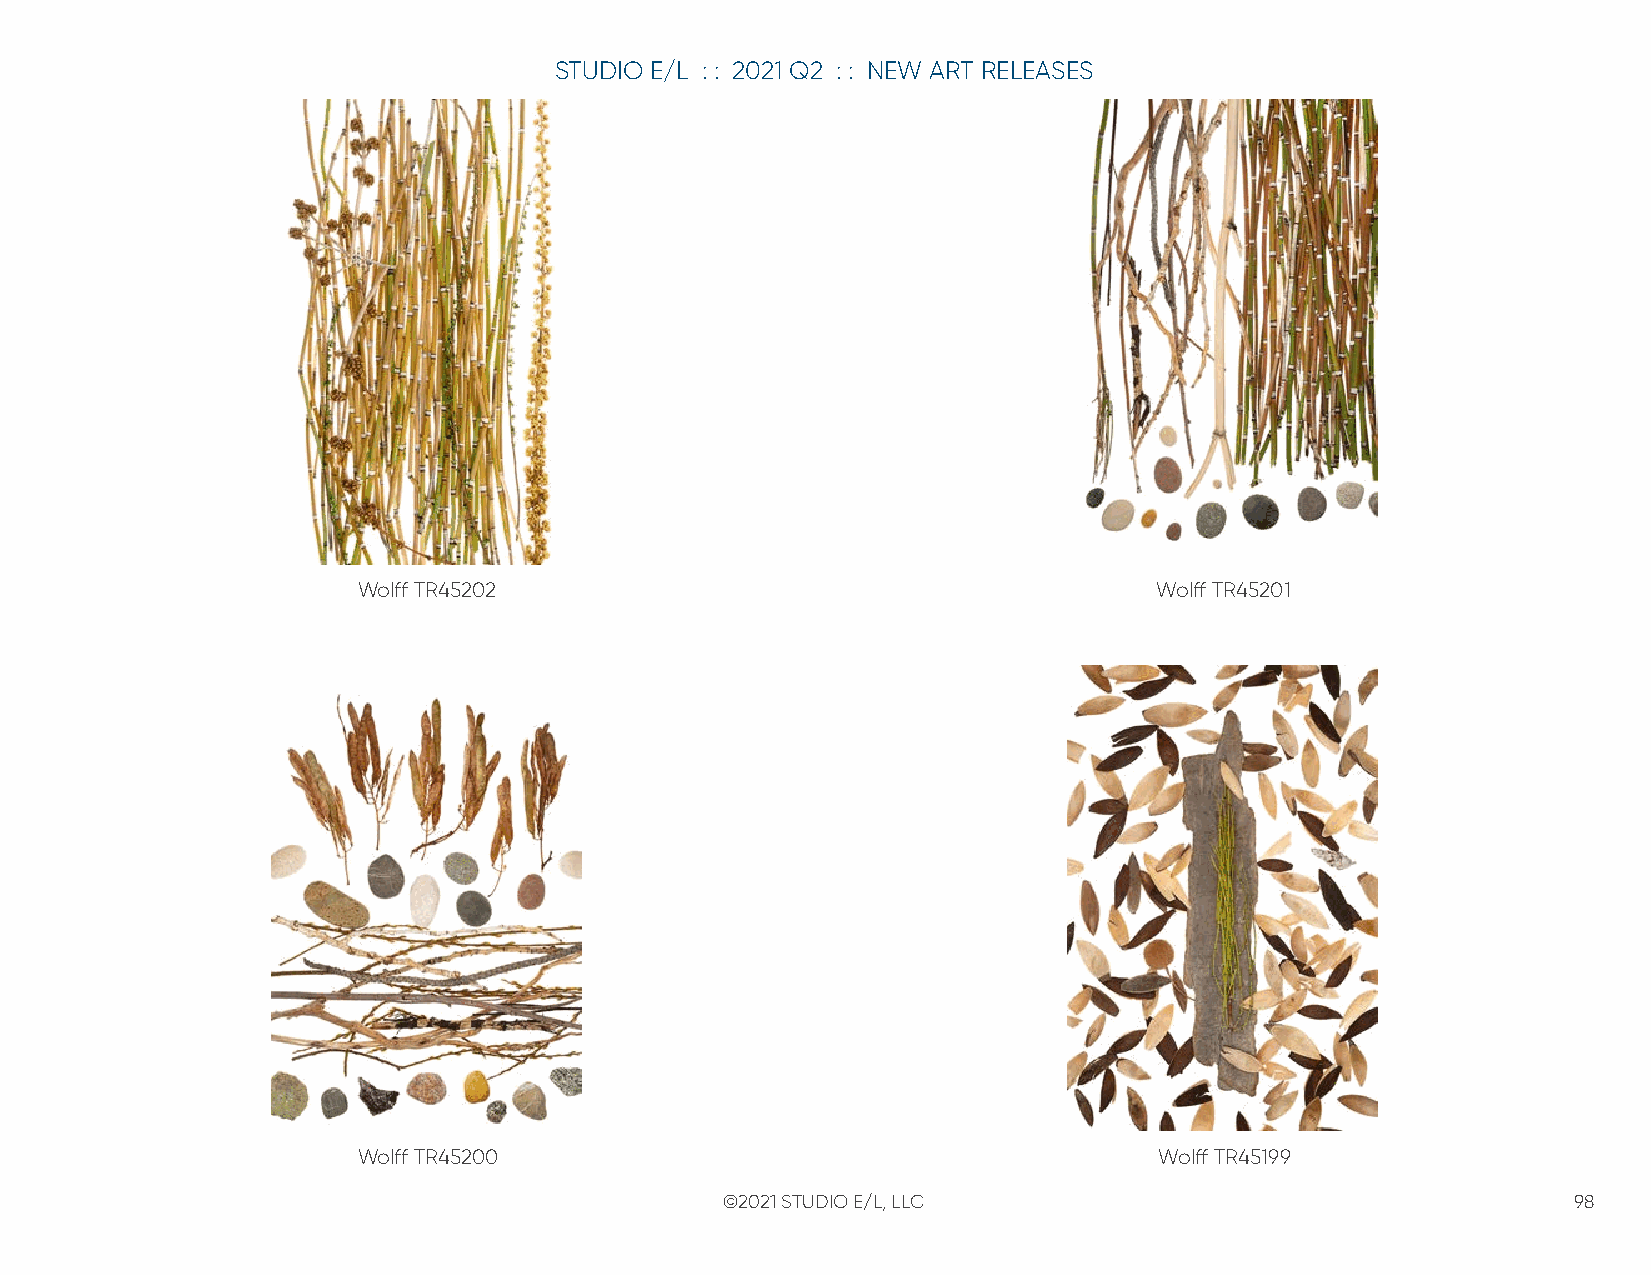
STUDIO E/L : : 2021 Q2 : : NEW ART RELEASES
 Wolff TR45202                                       Wolff TR45201
 Wolff TR45200                                        Wolff TR45199
 ©2021 STUDIO E/L, LLC                                   98